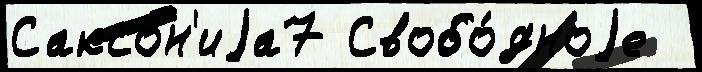
Саксон'иjа7 Свобо́дноjе